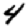
Digit: 4